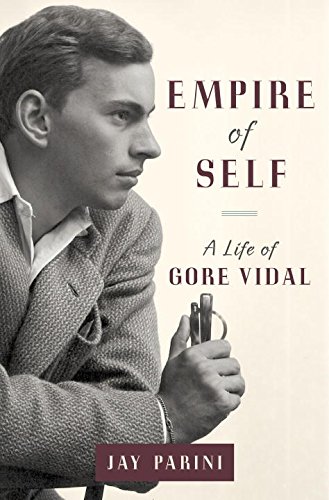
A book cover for Empire of Self: A Life of Gore Vidal; Jay Parini; Literature & Fiction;